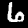
Label: 6